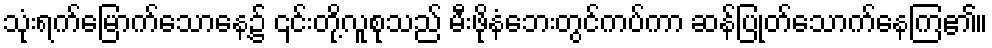
သုံးရက်မြောက်သောနေ့၌ ၎င်းတို့လူစုသည် မီးဖိုနံဘေးတွင်ကပ်ကာ ဆန်ပြုတ်သောက်နေကြ၏။